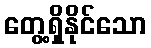
တွေ့ရှိနိုင်သော